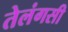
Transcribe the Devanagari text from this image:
तेलंगसी